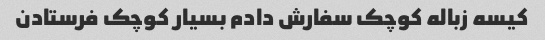
کیسه زباله کوچک سفارش دادم بسیار کوچک فرستادن